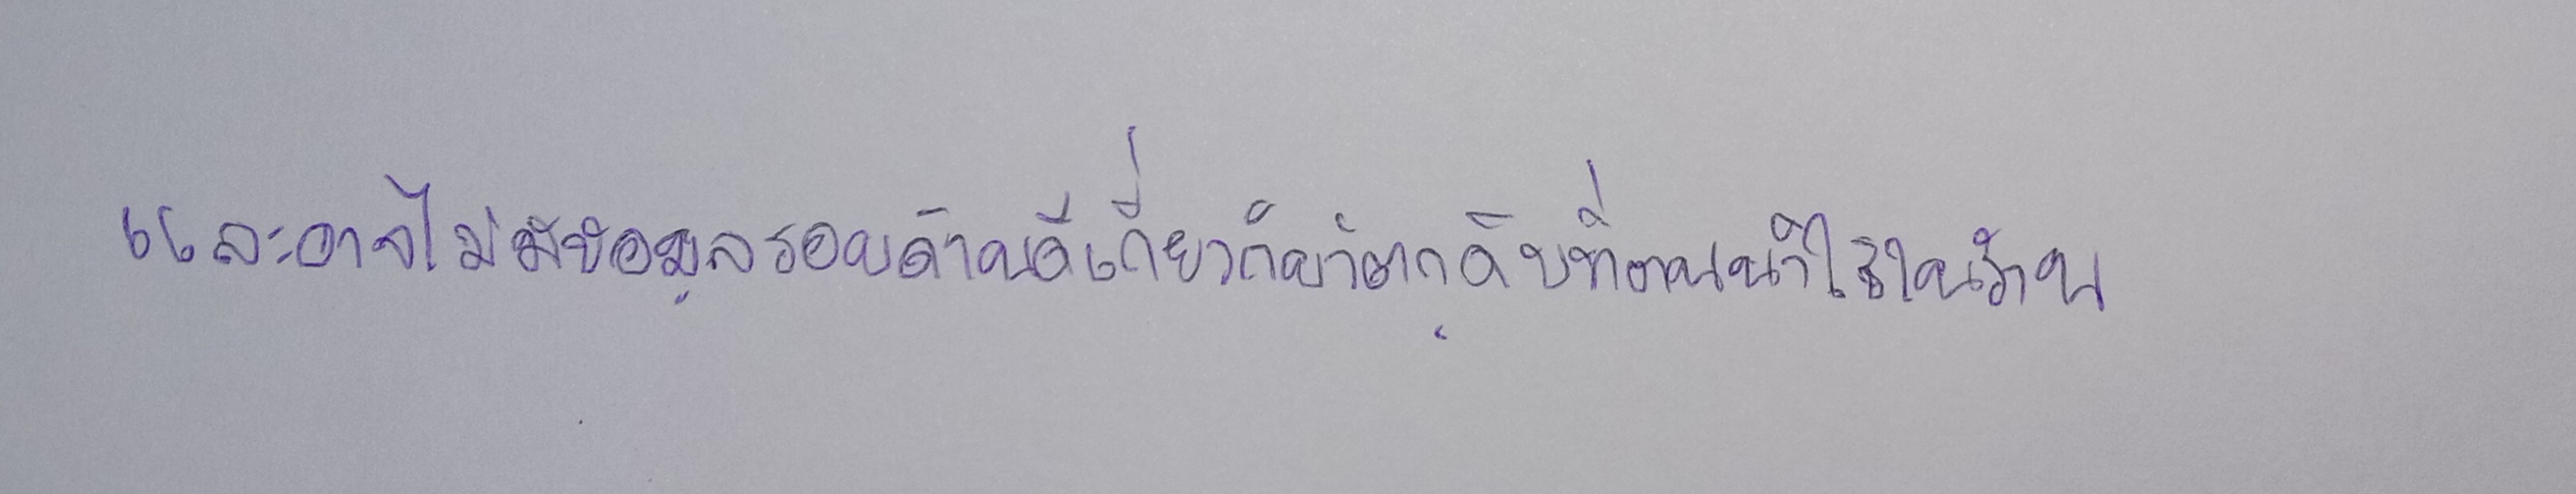
และอาจไม่มีข้อมูลรอบด้านดีเกี่ยวกับวัตถุดิบที่ตนนำมาใช้ในร้าน